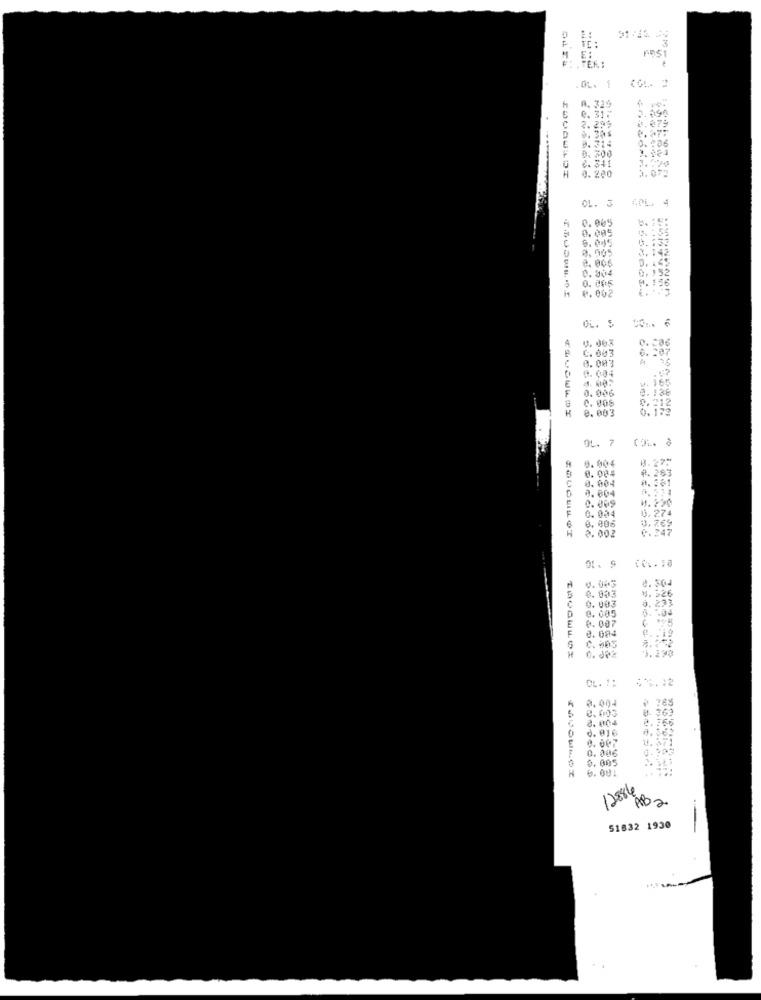
F. IT:
.OL. 1
0. 312
2. 29
1.679
. 314
0.300
2. 341
OL. 3
0.005
0.005
6.045
6.133
3. 142
0. 505
₴. 006
0. 142
0.004
0,152
0. 005
0.002
4. 063
0.286
C. 003
6.207
0. 003
A 3
f
0.004
4. 165
0.006
0.136
C. 008
8.212
H
0. 003
0.172
OL. 7
8.004
8.275
8.004
₡.293
0.004
0.004
0. 009
0.034
6. 274
0. 006
H
2.002
0.769
0.247
V. 043
0.564
0.003
M. 526
0.003
0.293
0.005
0. 7.04
0. 007
0.004
C. 005
3. 230
TAOGWLOX
0. 002
0.004
0. 003
0. 363
8.004
d. 016
0.007
0.006
0.
0.005
6. OU1
12886
51832 1930